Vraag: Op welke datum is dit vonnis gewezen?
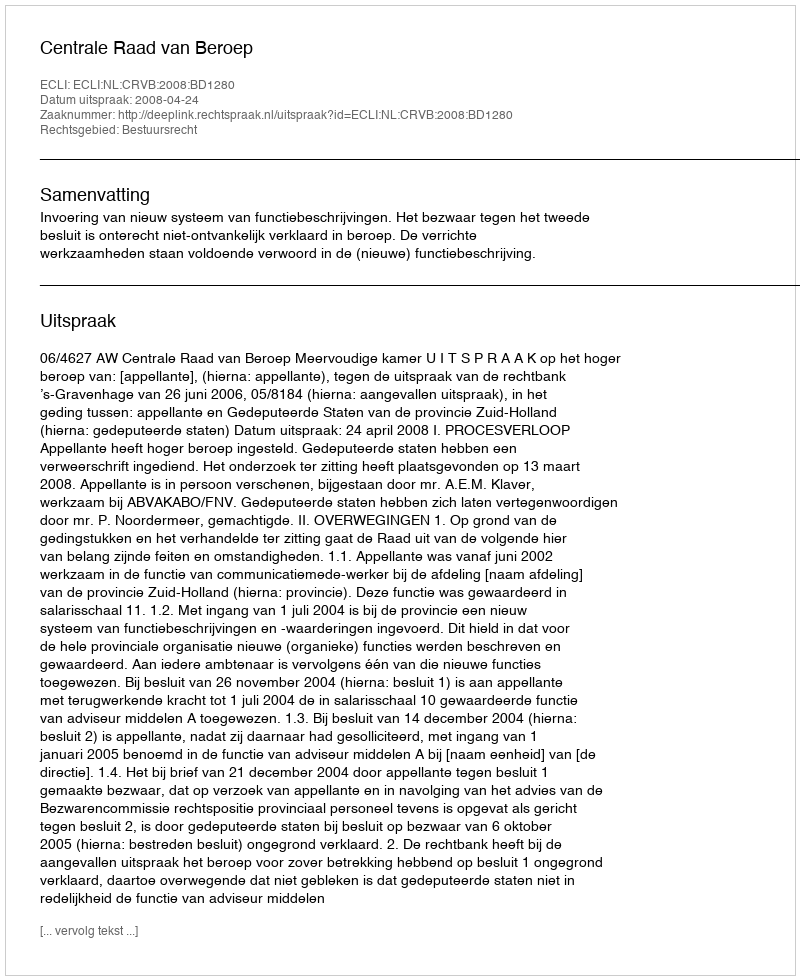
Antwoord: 2008-04-24